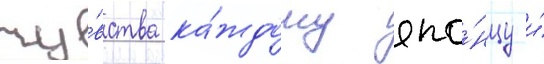
чу́вства ка́ждому япо́нцу и́